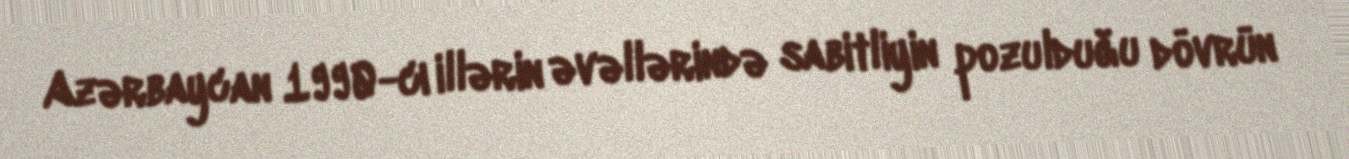
Azərbaycan 1990-cı illərin əvəllərində sabitliyin pozulduğu dövrün